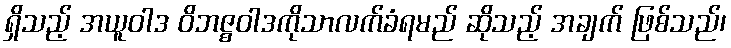
ရှိသည့် အယူဝါဒ ဝိဘဇ္စဝါဒကိုသာလက်ခံရမည် ဆိုသည့် အချက် ဖြစ်သည်၊